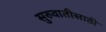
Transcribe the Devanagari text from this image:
सुरुवातीसाठी